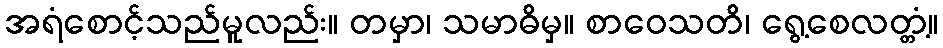
အရံစောင့်သည်မူလည်း။ တမှာ၊ သမာဓိမှ။ စာဝေသတိ၊ ရွေ့စေလတ္တံ့။